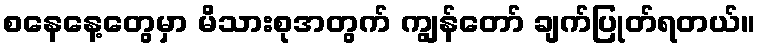
စနေနေ့တွေမှာ မိသားစုအတွက် ကျွန်တော် ချက်ပြုတ်ရတယ်။